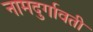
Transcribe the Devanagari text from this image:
नामदुर्गावती